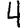
Digit: 4